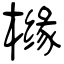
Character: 橼